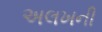
અલખની